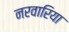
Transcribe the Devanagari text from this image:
नरवारिया